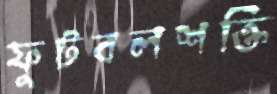
ফুটবলশক্তি